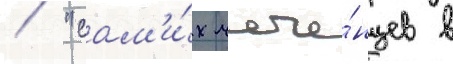
/ "сам'и́х чече́нцев в